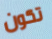
تكون